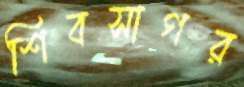
শিবসাগর